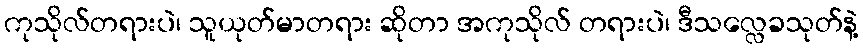
ကုသိုလ်တရားပဲ၊ သူယုတ်မာတရား ဆိုတာ အကုသိုလ် တရားပဲ၊ ဒီသလ္လေခသုတ်နဲ့